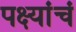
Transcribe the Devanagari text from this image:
पक्ष्यांचं